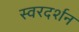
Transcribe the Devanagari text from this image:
स्वरदर्शन